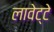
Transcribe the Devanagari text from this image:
लावेट्टे